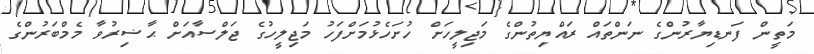
މަތީން ފަނޑިޔާރުންގެ ނަންތައް ރައްޔިތުންގެ މަޖިލީހަށް ހުށަހެޅުމަށްފަހު މަޖިލީހުގެ ޖަލްސާއަށް ޙާޟިރުވާ މެމްބަރުންގެ